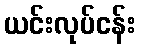
ယင်းလုပ်ငန်း